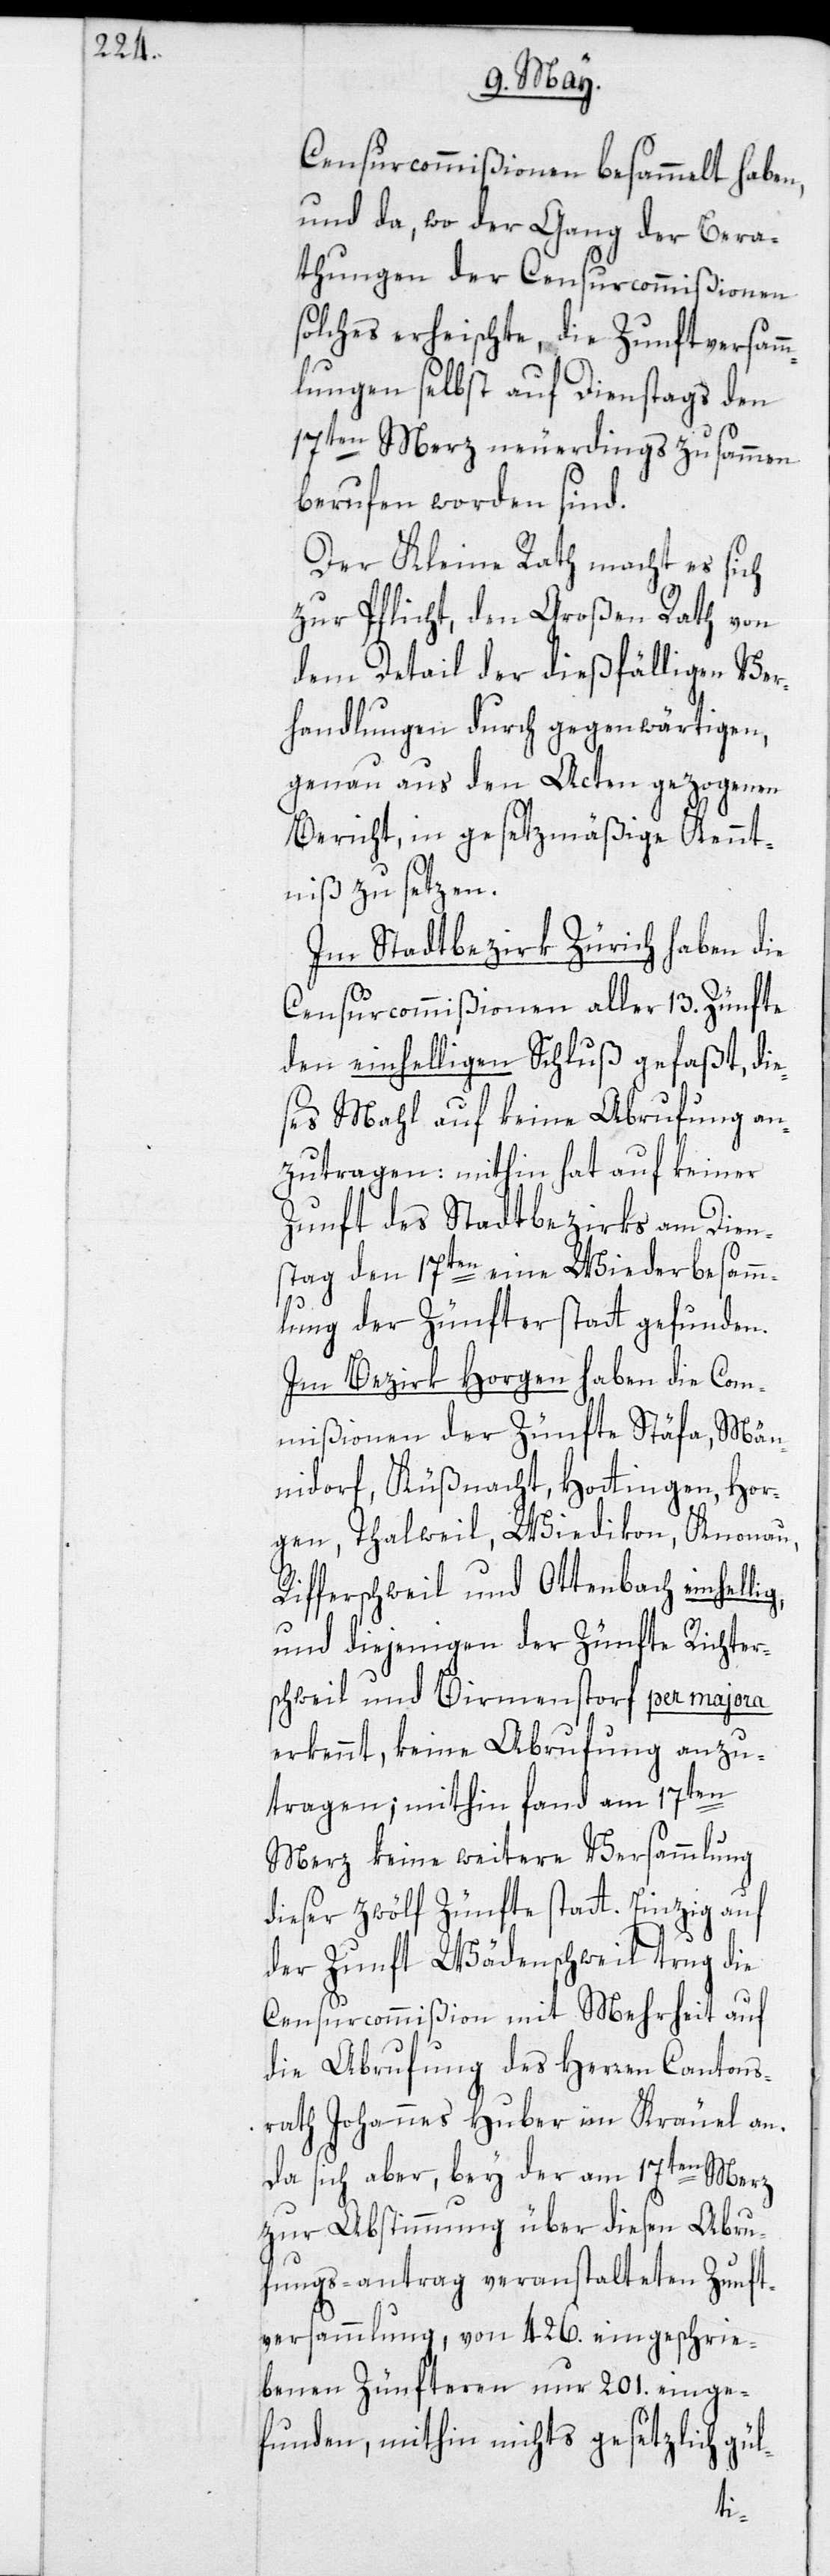
Censurcommißionen besammelt haben,
und da, wo der Gang der Bera¬
thungen der Censurcommißionen
solches erheischte, die Zunftversamm¬
lungen selbst auf Dienstags den
17ten Merz neuerdings zusammen
berufen worden sind.
Der Kleine Rath macht es sich
zur Pflicht, den Großen Rath von
dem Detail der dießfälligen Ver¬
handlungen durch gegenwärtigen,
genau aus den Acten gezogenen
Bericht, in gesetzmäßige Kennt¬
niß zu setzen.
Im Stadtbezirk Zürich haben die
Censurcommißionen aller 13. Zünfte
den einhelligen Schluß gefaßt, di¬
eses Mahl auf keine Abrufung an¬
zutragen: mithin hat auf keiner
Zunft des Stadtbezirks am Dien¬
stag den 17ten eine Wiederbesamm¬
lung der Zünfter statt gefunden.
Im Bezirk Horgen haben die Com¬
mißionen der Zünfte Stäfa, Män¬
nidorf, Küßnacht, Hottingen, Hor¬
gen, Thalweil, Wiedikon, Knonau,
Rifferschweil und Ottenbach einhel¬
und diejenigen der Zünfte Richter¬
schweil und Birmenstorf per majora
erkennt, keine Abrufung anzu¬
tragen; mithin fand am 17ten
Merz keine weitere Versammlung
dieser zwölf Zünfte statt. Einzig auf
der Zunft Wädenschweil trug die
Censurcommißion mit Mehrheit auf
die Abrufung des Herren Cantons¬
rath Johannes Huber im Kräuel an.
Da sich aber, bey der am 17ten Merz
zur Abstimmung über diesen Abru¬
fungs-antrag veranstalteten Zunft¬
versammlung, von 426. eingeschrie¬
benen Zünfteren nur 201. einge¬
funden, mithin nichts gesetzlich gül-
lig,